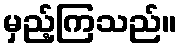
မှည့်ကြသည်။